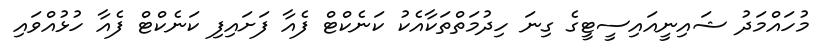
މުހައްމަދު ޝައިނީއައިސީޓީގެ ގިނަ ހިދުމަތްތަކާއެކު ކަނެކްޓް ފެއާ ފަށައިފި ކަނެކްޓް ފެއާ ހުޅުއްވައި